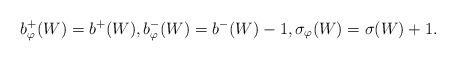
LaTeX: \begin{align*}b^{+}_{\varphi}(W) = b^{+}(W),b^{-}_{\varphi}(W) = b^{-}(W)-1,\sigma_{\varphi}(W) = \sigma(W)+1.\end{align*}